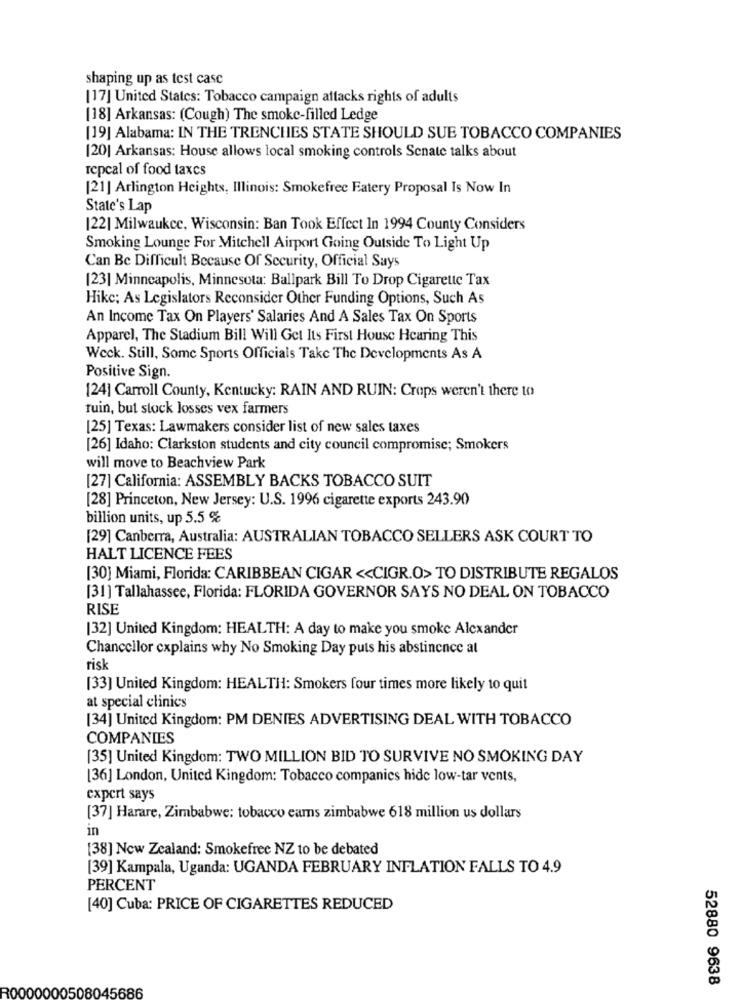
shaping up as test case
[17] United States: Tobacco campaign attacks rights of adults
[18] Arkansas: (Cough) The smoke-filled Ledge
[19] Alabama: IN THE TRENCHES STATE SHOULD SUE TOBACCO COMPANIES
[20] Arkansas: House allows local smoking controls Senate talks about
repcal of food taxes
[21] Arlington Heights, Illinois: Smokefree Eatery Proposal Is Now In
State's Lap
[22] Milwaukee, Wisconsin: Ban Took Effect In 1994 County Considers
Smoking Lounge For Mitchell Airport Going Outside To Light Up
Can Be Difficult Because Of Security, Official Says
[23] Minneapolis, Minnesota: Ballpark Bill To Drop Cigarette Tax
Hike; As Legislators Reconsider Other Funding Options, Such As
An Income Tax On Players' Salaries And A Sales Tax On Sports
Apparel, The Stadium Bill Will Get Its First House Hearing This
Weck. Still, Some Sports Officials Take The Developments As A
Positive Sign.
[24] Carroll County, Kentucky: RAIN AND RUIN: Crops weren't there to
tuin, but stock losses vex farmers
[25] Texas: Lawmakers consider list of new sales taxes
[26] Idaho: Clarkston students and city council compromise; Smokers
will move to Beachview Park
[27] California: ASSEMBLY BACKS TOBACCO SUIT
[28] Princeton, New Jersey: U.S. 1996 cigarette exports 243.90
billion units, up 5.5 %
[29] Canberra, Australia: AUSTRALIAN TOBACCO SELLERS ASK COURT TO
HALT LICENCE FEES
[30] Miami, Florida: CARIBBEAN CIGAR << CIGR.O> TO DISTRIBUTE REGALOS
[31] Tallahassee, Florida: FLORIDA GOVERNOR SAYS NO DEAL ON TOBACCO
RISE
[32] United Kingdom: HEALTH: A day to make you smoke Alexander
Chancellor explains why No Smoking Day puts his abstinence at
risk
[33] United Kingdom: HEALTH: Smokers four times more likely to quit
at special clinics
[34] United Kingdom: PM DENIES ADVERTISING DEAL WITH TOBACCO
COMPANIES
[35] United Kingdom: TWO MILLION BID TO SURVIVE NO SMOKING DAY
[36] London, United Kingdom: Tobacco companies hide low-tar vents,
expert says
[37] Harare, Zimbabwe: tobacco earns zimbabwe 618 million us dollars
in
[38] New Zealand: Smokefree NZ to be debated
[39] Kampala, Uganda: UGANDA FEBRUARY INFLATION FALLS TO 4.9
PERCENT
[40] Cuba: PRICE OF CIGARETTES REDUCED
52880 9638
R0000000508045686